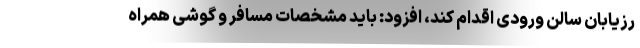
رزیابان سالن ورودی اقدام کند، افزود: باید مشخصات مسافر و گوشی همراه